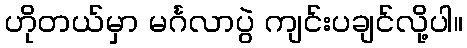
ဟိုတယ်မှာ မင်္ဂလာပွဲ ကျင်းပချင်လို့ပါ။